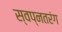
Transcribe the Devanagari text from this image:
स्वप्नतरंग